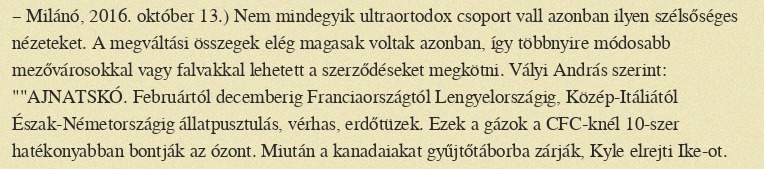
– Milánó, 2016. október 13.) Nem mindegyik ultraortodox csoport vall azonban ilyen szélsőséges nézeteket. A megváltási összegek elég magasak voltak azonban, így többnyire módosabb mezővárosokkal vagy falvakkal lehetett a szerződéseket megkötni. Vályi András szerint: ""AJNATSKÓ. Februártól decemberig Franciaországtól Lengyelországig, Közép-Itáliától Észak-Németországig állatpusztulás, vérhas, erdőtüzek. Ezek a gázok a CFC-knél 10-szer hatékonyabban bontják az ózont. Miután a kanadaiakat gyűjtőtáborba zárják, Kyle elrejti Ike-ot.